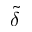
\tilde { \delta }